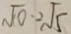
\sqrt { 1 0 } - 2 \sqrt { 5 }